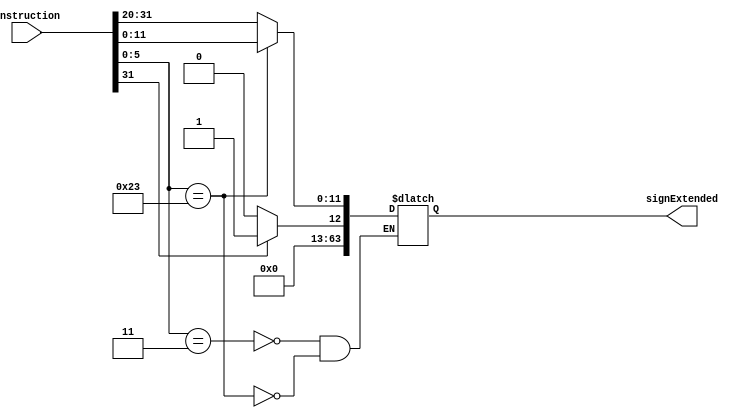
module ourImmGen(instruction,signExtended);

input [31:0]instruction;
output reg [63:0]signExtended;
wire ins = (instruction[31] == 1'b0) ? 52'b0: 52'b1;
always @(*)
  begin
   case(instruction[5:0])
   7'b0000011: signExtended = {ins,instruction[31:20]};
   7'b0100011: signExtended = {ins,instruction[11:5],instruction[4:0]};
   7'b1100011: signExtended = {ins,instruction[12],instruction[10:5],instruction[4:1],instruction[11]};
   endcase
  end

endmodule